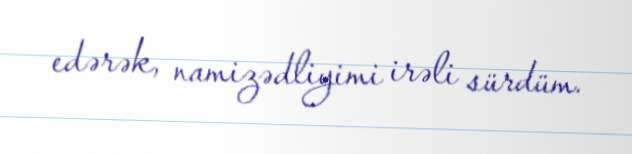
edərək, namizədliyimi irəli sürdüm.